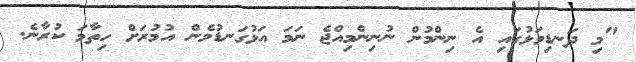
"މި ދަނޑިވަޅުގައި އެ ނިންމުން ނުނިންމިއްޖެ ނަމަ އަޅުގަނޑުމެން އުމުރަށް ހިތާމަ ކުރާނެ.